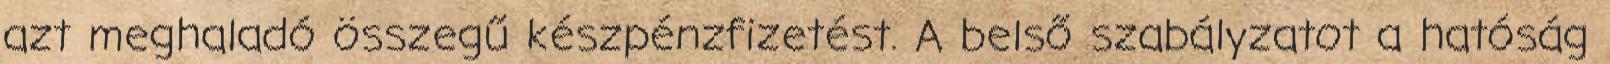
azt meghaladó összegű készpénzfizetést. A belső szabályzatot a hatóság